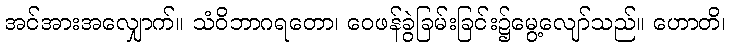
အင်အားအလျှောက်။ သံဝိဘာဂရတော၊ ဝေဖန်ခွဲခြမ်းခြင်း၌မွေ့လျော်သည်။ ဟောတိ၊